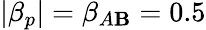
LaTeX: |\beta_{p}|=\beta_{A\mathbf{B}}=0.5